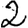
Digit: 2